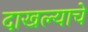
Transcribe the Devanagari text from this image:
दाखल्याचे